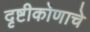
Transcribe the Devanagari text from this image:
दृष्टीकोणाचे